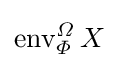
\operatorname {env} _{\varPhi }^{\varOmega }X